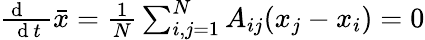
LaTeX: \begin{array}{r}{\frac{\mathrm{~d~\, ~\, ~}}{\mathrm{~d~}t}\bar{x}=\frac{1}{N}\sum_{i,j=1}^{N}A_{ij}(x_{j}-x_{i})=0}\end{array}